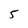
Character: 5